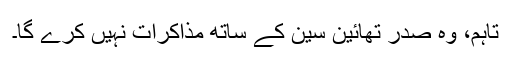
تاہم، وہ صدر تھائین سین کے ساتھ مذاکرات نہیں کرے گا۔